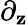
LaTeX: \partial_{\mathbf{z}}